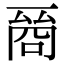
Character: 𠸲